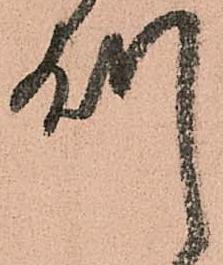
州